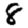
Digit: 8